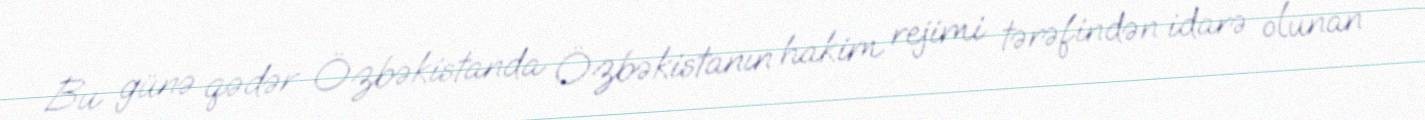
Bu günə qədər Özbəkistanda Özbəkistanın hakim rejimi tərəfindən idarə olunan